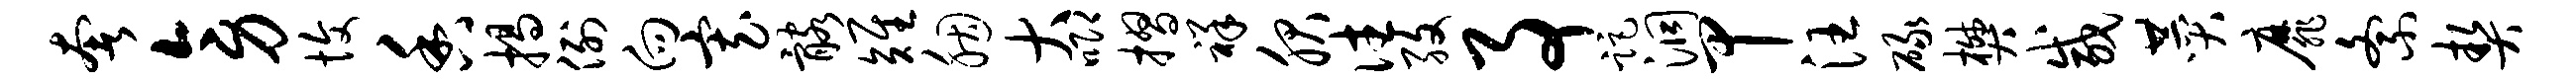
奢旁愎香揭例向寡髂雉胭大唧摺祥服往孜事距洞甲汪碌樊咸赞靡紊契